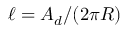
\ell = A _ { d } / ( 2 \pi R )